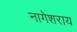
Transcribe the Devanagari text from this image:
नागेशराय